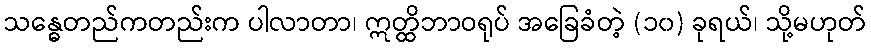
သန္ဓေတည်ကတည်းက ပါလာတာ၊ ဣတ္ထိဘာဝရုပ် အခြေခံတဲ့ (၁၀) ခုရယ်၊ သို့မဟုတ်